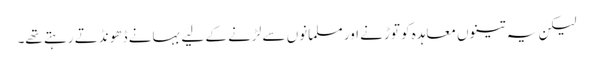
لیکن یہ تینوں معاہدہ کو توڑنے اور مسلمانوں سے لڑنے کے لیے بہانے ڈھو نڈتے رہتے تھے۔